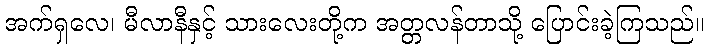
အက်ရှလေ၊ မီလာနီနှင့် သားလေးတို့က အတ္တလန်တာသို့ ပြောင်းခဲ့ကြသည်။